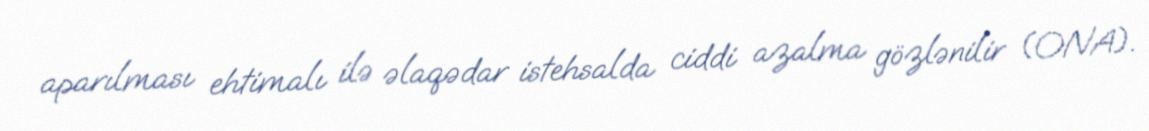
aparılması ehtimalı ilə əlaqədar istehsalda ciddi azalma gözlənilir (ONA).